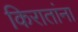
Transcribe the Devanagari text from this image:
किरातांना